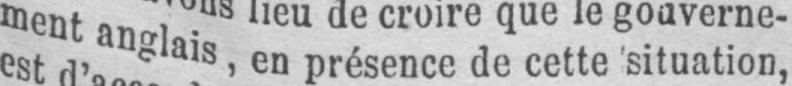
ment anglais, en présence de cette situation,